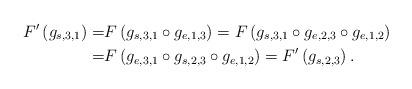
LaTeX: \begin{align*}F^{\prime}\left(g_{s,3,1}\right)=&F\left(g_{s,3,1}\circ g_{e,1,3}\right)=F\left(g_{s,3,1}\circ g_{e,2,3}\circ g_{e,1,2}\right)\\=&F\left(g_{e,3,1}\circ g_{s,2,3}\circ g_{e,1,2}\right)=F^{\prime}\left(g_{s,2,3}\right).\end{align*}